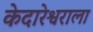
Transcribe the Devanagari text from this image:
केदारेश्वराला